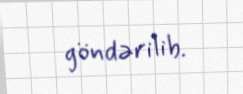
göndərilib.